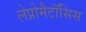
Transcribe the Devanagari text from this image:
लेप्रोमैटॉसिस